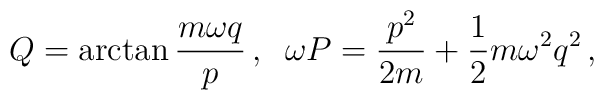
Q = \arctan \frac{ m \omega q}{ p } \, , \; \; \omega P =\frac{p^2}{2 m} + \frac{1}{2} m \omega^2 q^2 \, ,